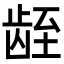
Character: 𬺁